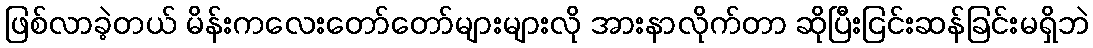
ဖြစ်လာခဲ့တယ် မိန်းကလေးတော်တော်များများလို အားနာလိုက်တာ ဆိုပြီးငြင်းဆန်ခြင်းမရှိဘဲ